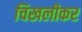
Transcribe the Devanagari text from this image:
चिखलीकर